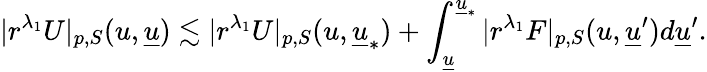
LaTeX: |r^{\lambda_{1}}U|_{p,S}(u,{\underline{{u}}})\lesssim|r^{\lambda_{1}}U|_{p,S}(u,{\underline{{u}}}_{*})+\int_{{\underline{{u}}}}^{{\underline{{u}}}_{*}}|r^{\lambda_{1}}F|_{p,S}(u,{\underline{{u}}}^{\prime})d{\underline{{u}}}^{\prime}.